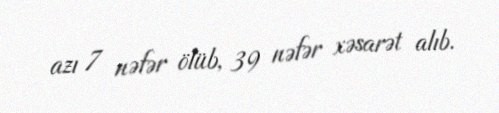
azı 7 nəfər ölüb, 39 nəfər xəsarət alıb.